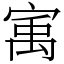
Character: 㝢